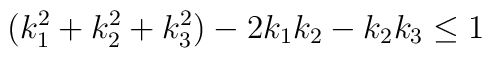
(k_{1}^{2}+k_{2}^{2}+k_{3}^{2})-2k_{1}k_{2}-k_{2}k_{3} \leq 1